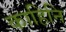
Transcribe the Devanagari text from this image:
काहिनि